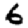
Digit: 6